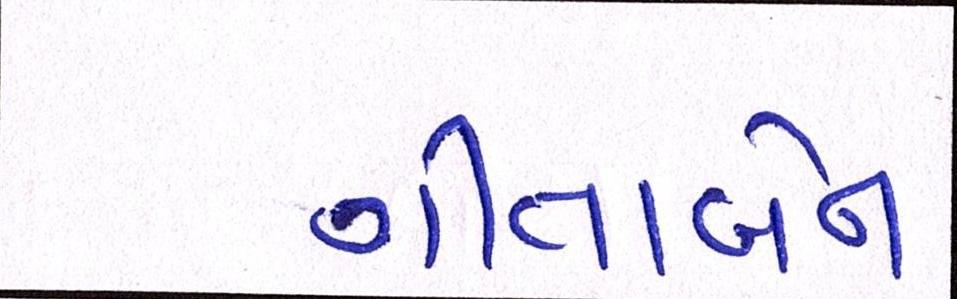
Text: ગીતાબેન